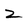
Character: 2